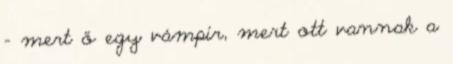
- mert ő egy vámpír, mert ott vannak a